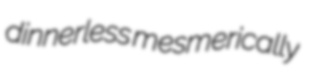
dinnerless mesmerically